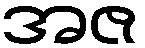
အဇ